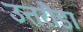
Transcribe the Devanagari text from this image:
उत्तरौडा